Indian journal of veterinary science and animal husbandry - Volume 14,
Year: 1944
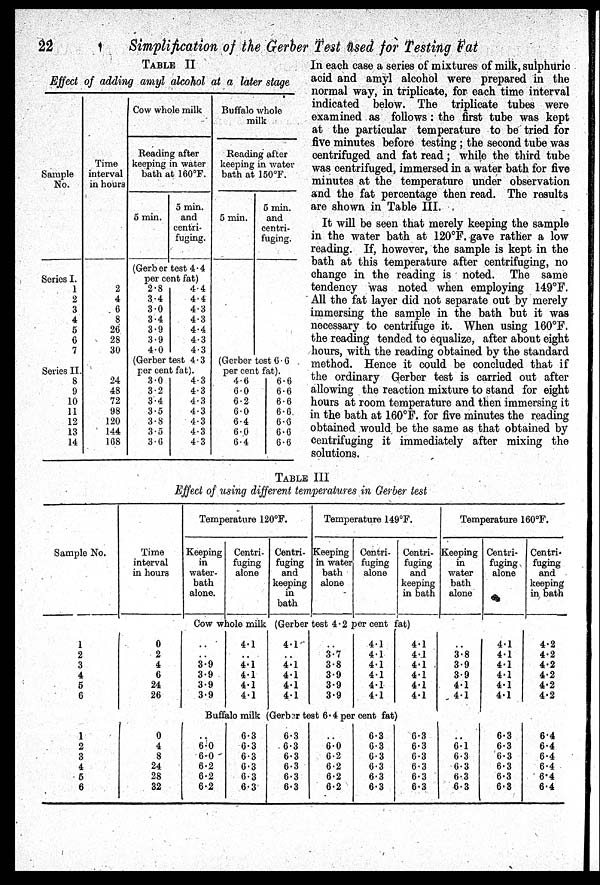
22
Simplification of the Gerber Test used for Testing Fat
TABLE II
Effect of adding amyl alcohol at a later stage
Sample
No.
Series I.
1
2
3
4
5
6
7
Series II.
8
9
10
11
12
13
14
Time
interval
in hours
2
4
6
8
26
28
30
24
48
72
98
120
144
168
Cow whole milk
Reading after
keeping in water
bath at 160°F.
5 min.
5 min.
and
centri-
fuging.
(Gerber test 4.4
per cent fat)
2.8
3.4
3.0
3.4
3.9
3.9
4.0
4.4
4.4
4.3
4.3
4.4
4.3
4.3
(Gerber test 4.3
per cent fat).
3.0
3.2
3.4
3.5
3.8
3.5
3.0
4.3
4.3
4.3
4.3
4.3
4.3
4.3
Buffalo whole
milk
Reading after
keeping in water
bath at 150°F.
5 min.
5 min.
and
centri-
fuging.
(Gerber test 6.6
per cent fat).
4.6
6.0
6.2
6.0
6.4
6.0
6.4
6.6
6.6
6.6
6.6
6.6
6.6
6.6
In each case a series of mixtures of milk, sulphuric
acid and amyl alcohol were prepared in the
normal way, in triplicate, for each time interval
indicated below. The triplicate tubes were
examined as follows: the first tube was kept
at the particular temperature to be tried for
five minutes before testing; the second tube was
centrifuged and fat read; while the third tube
was centrifuged, immersed in a water bath for five
minutes at the temperature under observation
and the fat percentage then read. The results
are shown in Table III.
It will be seen that merely keeping the sample
in the water bath at 120°F. gave rather a low
reading. If, however, the sample is kept in the
bath at this temperature after centrifuging, no
change in the reading is noted. The same
tendency was noted when employing 149°F.
All the fat layer did not separate out by merely
immersing the sample in the bath but it was
necessary to centrifuge it. When using 160°F.
the reading tended to equalize, after about eight
hours, with the reading obtained by the standard
method. Hence it could be concluded that if
the ordinary Gerber test is carried out after
allowing the reaction mixture to stand for eight
hours at room temperature and then immersing it
in the bath at 160°F. for five minutes the reading
obtained would be the same as that obtained by
centrifuging it immediately after mixing the
solutions.
TABLE III
Effect of using different temperatures in Gerber test
Sample No.
1
2
3
4
5
6
1
2
3
4
5
6
Time
interval
in hours
0
2
4
6
24
26
0
4
8
24
28
32
Temperature 120°F.
Keeping
in
water-
bath
alone.
Centri-
fuging
alone
Centri-
fuging
and
keeping
in
bath
Temperature 149°F.
Keeping
in water
bath
alone
Centri-
fuging
alone
Centri-
fuging
and
keeping
in bath
Cow whole milk (Gerber test 4.2 per cent fat)
...
...
3.9
3.9
3.9
3.9
4.1
4.1
4.1
4.1
4.1
4.1
4.1
4.1
4.1
4.1
..
3.7
3.8
3.9
3.9
3.9
4.1
4.1
4.1
4.1
4.1
4.1
4.1
4.1
4.1
4.1
4.1
4.1
Buffalo milk (Gerber teat 6.4 per cent fat)
..
6.0
6.0
6.2
6.2
6.2
6.3
6.3
6.3
6.3
6.3
6.3
6.3
6.3
6.3
6.3
6.3
6.3
..
6.0
6.2
6.2
6.2
6.2
6.3
6.3
6.3
6.3
6.3
6.3
6.3
6.3
6.3
6.3
6.3
6.3
Temperature 160°F.
Keeping
in
water
bath
alone
..
3.8
3.9
3.9
4.1
4.1
6.1
6.3
6.3
6.3
6.3
Centri-
fuging
alone
4.1
4.1
4.1
4.1
4.1
4.1
6.3
6.3
6.3
6.3
6.3
6.3
Centri-
fuging
and
keeping
in bath
4.2
4.2
4.2
4.2
4.2
4.2
6.4
6.4
6.4
6.4
6.4
6.4